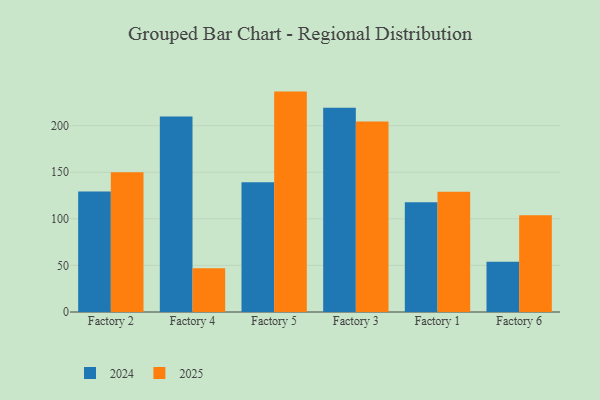
{"axis": {"x": "Factory", "y": "Revenue (USD Million)"}, "legend": ["2024", "2025"], "data": [{"x": "Factory 2", "y": 150.0, "type": "2025"}, {"x": "Factory 2", "y": 129.4, "type": "2024"}, {"x": "Factory 4", "y": 47.0, "type": "2025"}, {"x": "Factory 4", "y": 209.8, "type": "2024"}, {"x": "Factory 5", "y": 236.6, "type": "2025"}, {"x": "Factory 5", "y": 139.2, "type": "2024"}, {"x": "Factory 3", "y": 204.5, "type": "2025"}, {"x": "Factory 3", "y": 219.3, "type": "2024"}, {"x": "Factory 1", "y": 129.2, "type": "2025"}, {"x": "Factory 1", "y": 117.7, "type": "2024"}, {"x": "Factory 6", "y": 103.9, "type": "2025"}, {"x": "Factory 6", "y": 54.0, "type": "2024"}]}